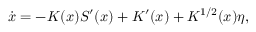
\dot { x } = - K ( x ) S ^ { \prime } ( x ) + K ^ { \prime } ( x ) + K ^ { 1 / 2 } ( x ) \eta ,